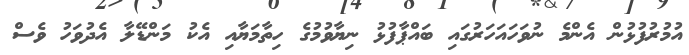
އުމުރުފުޅުން އެންމެ ނުވަހައަހަރުގައި ބައްޕާފުޅު ނިޔާވުމުގެ ހިތާމަޔާއި އެކު މަންޑޭލާ އެދުވަހު ވެސް